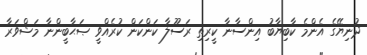
ދުނިޔޭގެ އެންމެ ކާބިޔާބު އިންސާނާ ކީރިތި ރަސޫލާ ކަންކަން ކުރެއްވީ ޞަޙާބީންނާ މަޝްވަރާ